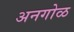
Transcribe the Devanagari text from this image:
अनगोळ